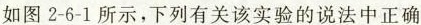
如图2-6-1所示，下列有关该实验的说法中正确